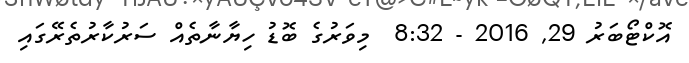
އޮކްޓޯބަރު 29